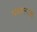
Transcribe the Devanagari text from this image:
फसवल्याचा